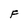
Character: F